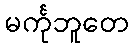
မင်္ကုဘူတေ